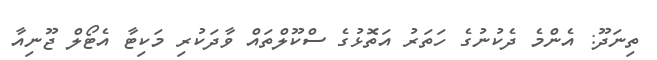
ތިނަދޫ: އެންމެ ދެކުނުގެ ހަތަރު އަތޮޅުގެ ސްކޫލްތައް ވާދަކުރި މަކިޓާ އެޓޯލް ޖޫނިއާ